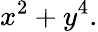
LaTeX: x^{2}+y^{4}.